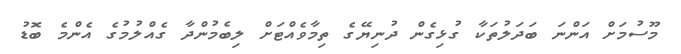
މޫސުމަށް އަންނަ ބަދަލުތަކާ ގުޅިގެން ދުނިޔޭގެ ތިމާވެއްޓަށް ލިބެމުންދާ ގެއްލުމުގެ އެންމެ ބޮޑު